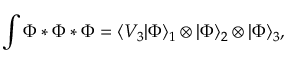
\int \Phi * \Phi * \Phi = \langle V _ { 3 } | \Phi \rangle _ { 1 } \otimes | \Phi \rangle _ { 2 } \otimes | \Phi \rangle _ { 3 } ,